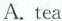
A. tea